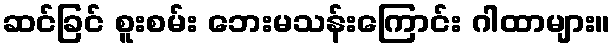
ဆင်ခြင် စူးစမ်း ဘေးမသန်းကြောင်း ဂါထာများ။